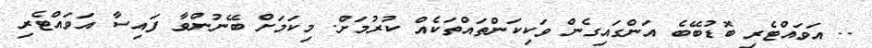
.. އަވައްޓެރި ބޮޑުބޭބެ އަންގައިގެން ވަކިކަންތައްތަކެއް ކުރުމަށް. މިކަމަށް ބޭނުންވާ ފައިސާ އަވައްޓެރި